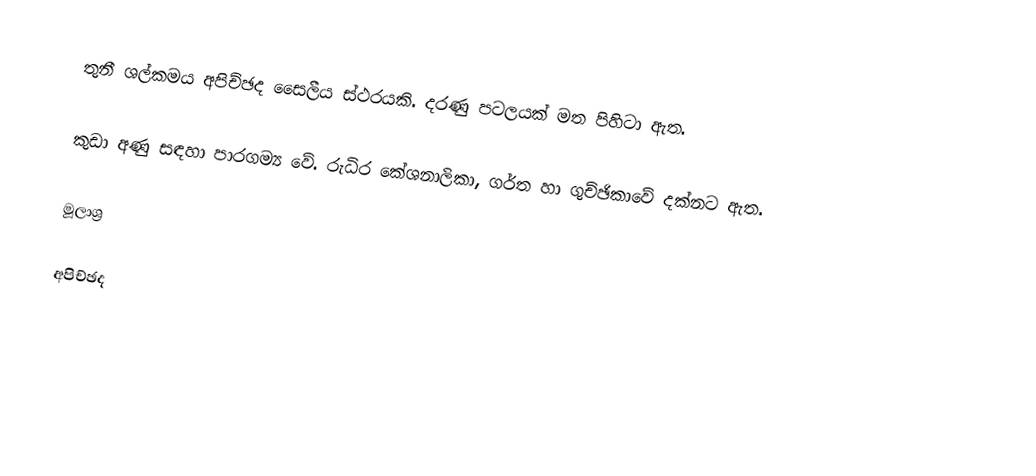
තුනී ශල්කමය අපිච්ඡද සෛලීය ස්ථරයකි.  දරණු පටලයක් මත පිහිටා ඇත.

කුඩා අණු සඳහා පාරගම්‍ය වේ. රුධිර කේශනාලිකා, ගර්ත හා ගුච්ඡිකාවේ දක්නට ඇත.

මූලාශ්‍ර

අපිච්ඡද